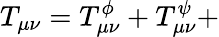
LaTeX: T_{\mu\nu}=T_{\mu\nu}^{\phi}+T_{\mu\nu}^{\psi}+